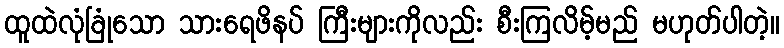
ထူထဲလုံခြုံသော သားရေဖိနပ် ကြီးများကိုလည်း စီးကြလိမ့်မည် မဟုတ်ပါတဲ့။